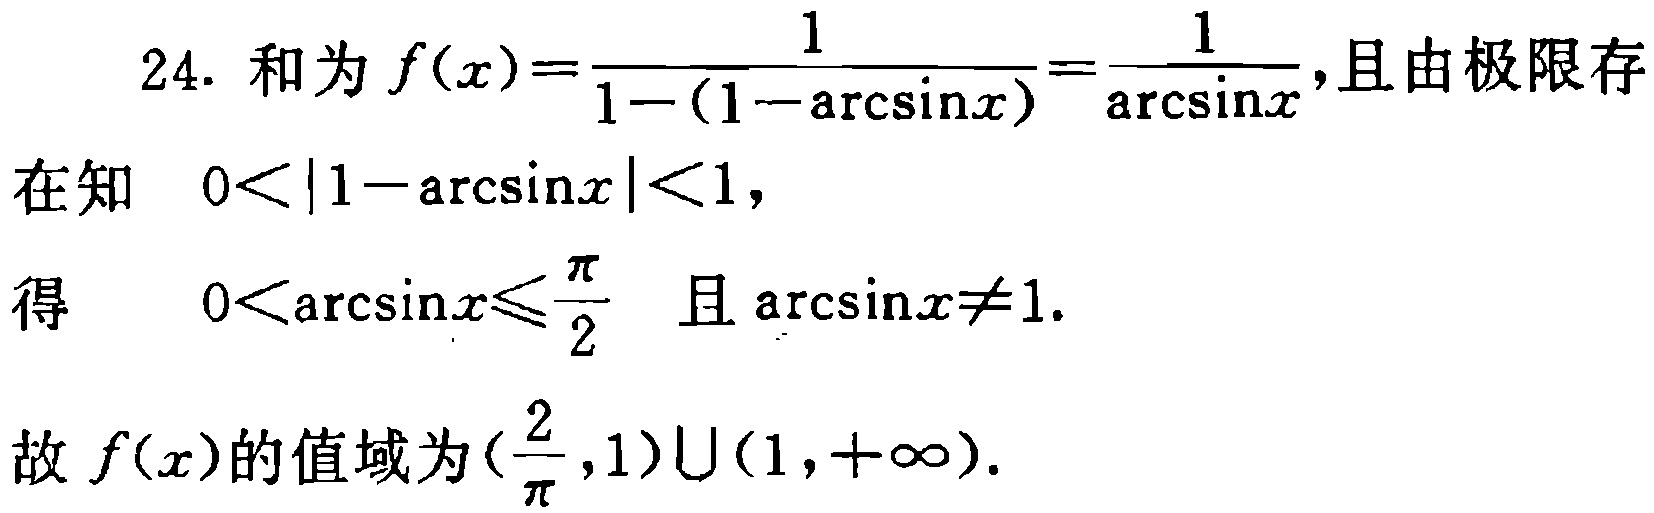
24. 和为 \(f(x)=\frac{1}{1 - (1 - \arcsin x)}=\frac{1}{\arcsin x}\)，且由极限存

在知 \(0<|1 - \arcsin x|<1\)，

得 \(0<\arcsin x\leqslant\frac{\pi}{2}\) 且 \(\arcsin x\neq1\).

故 \(f(x)\) 的值域为 \((\frac{2}{\pi},1)\cup(1,+\infty)\).